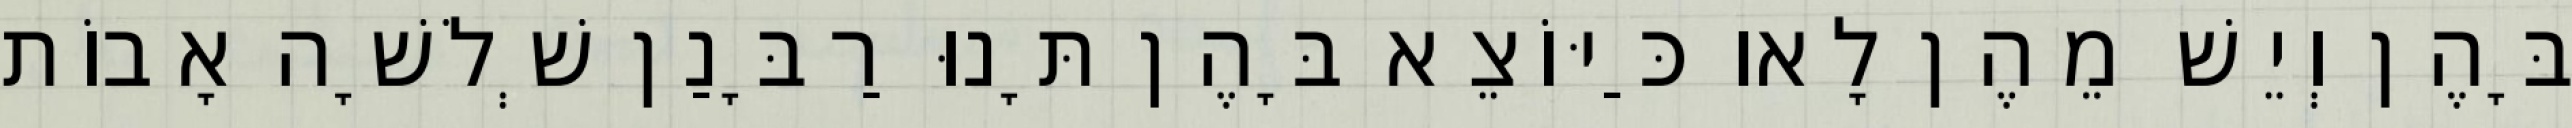
בָּהֶן וְיֵשׁ מֵהֶן לָאו כַּיּוֹצֵא בָּהֶן תָּנוּ רַבָּנַן שְׁלֹשָׁה אָבוֹת